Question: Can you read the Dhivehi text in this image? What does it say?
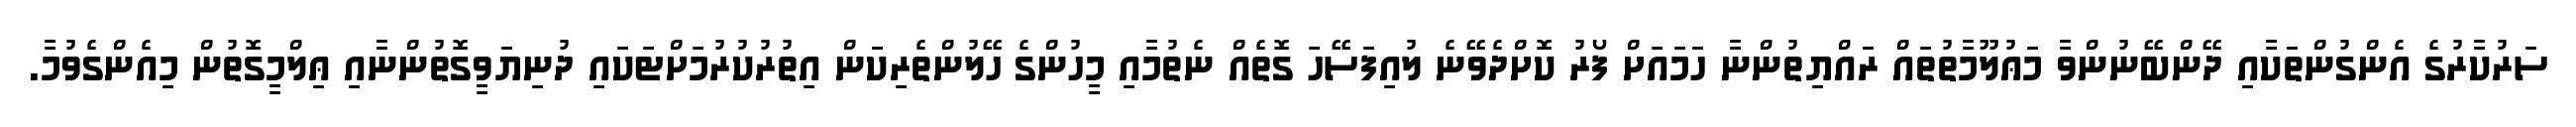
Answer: ސަރުކާރުގެ އެންގުންތަކާއި ދޭންބޭނުންވާ މަޢުލޫމާތުތައް ރައްޔިތުންނާ ހަމައަށް ފޯރު ކޮށްދެވޭނެ ލުއިފަސޭހަ ގޮތެއް ނެތުމާއި މީހުންގެ ހޭލުންތެރިކަން އިތުރުކުރުމަށްޓަކައި ދުނިޔަވީގޮތުންނާއި ޢިލްމީގޮތުން މިއެންގެވުމާ.